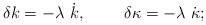
\begin{align*}\delta k=-\lambda~\dot{k},~~~~~~~\delta\kappa=-\lambda~\dot{\kappa};\end{align*}